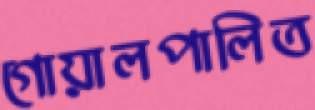
গোয়ালপালিত